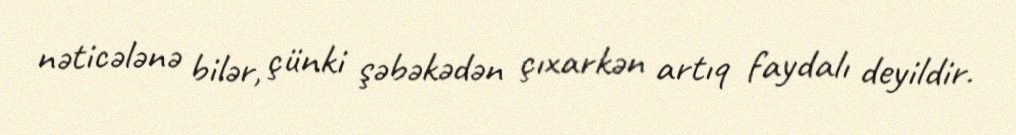
nəticələnə bilər, çünki şəbəkədən çıxarkən artıq faydalı deyildir.